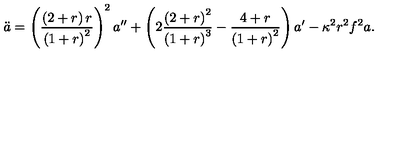
\ddot { a } = \left( \frac { \left( 2 + r \right) r } { \left( 1 + r \right) ^ { 2 } } \right) ^ { 2 } a ^ { \prime \prime } + \left( 2 \frac { \left( 2 + r \right) ^ { 2 } } { \left( 1 + r \right) ^ { 3 } } - \frac { 4 + r } { \left( 1 + r \right) ^ { 2 } } \right) a ^ { \prime } - \kappa ^ { 2 } r ^ { 2 } f ^ { 2 } a .